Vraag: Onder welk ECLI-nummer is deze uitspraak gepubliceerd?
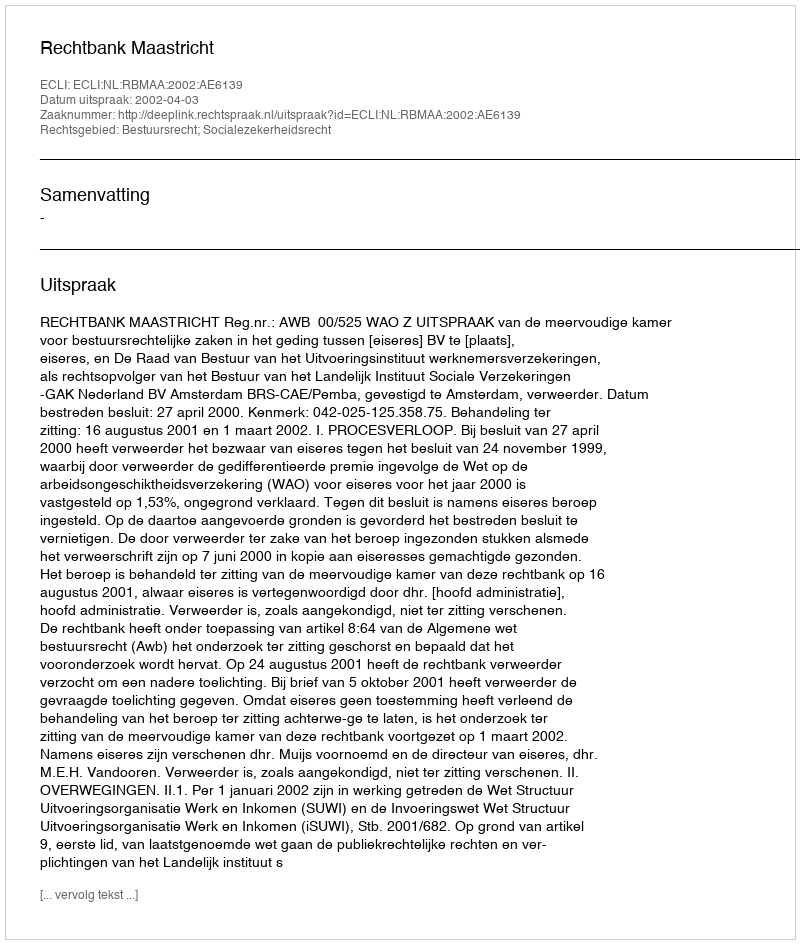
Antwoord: ECLI:NL:RBMAA:2002:AE6139